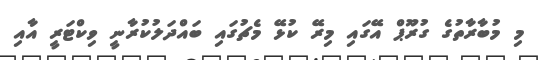
މި މުބާރާތުގެ ގުރޫޕް އޭގައި މިރޭ ކުޅޭ މެޗުގައި ބައްދަލުކުރާނީ ވިކްޓަރީ އާއި